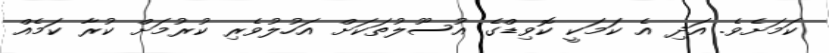
ކަމަށެވެ. އަދި އެ ކަމަކީ ކޮވިޑްގެ އުސޫލުތަކަށް އަހުލުވެރި ކުރުމަށް ކުރާ ކަމެއް